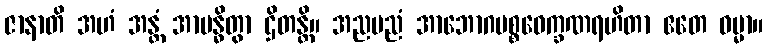
ဇာနာတိ အဟံ အန္တံ အာဗန္ဓိတွာ ဌိတန္တိ။ အညမညံ အာဘောဂပစ္စဝေက္ခဏရဟိတာ ဧတေ ဓမ္မာ။